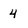
Character: 4